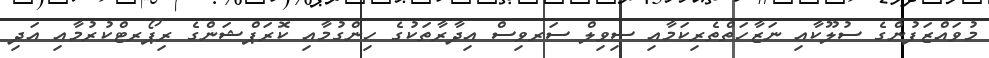
މުވައްޒަފުންގެ ސުލޫކާއި ނަޒާހަތްތެރިކަމާއި ސިވިލް ސަރވިސް އިދާރާތަކުގެ ހިންގުމާއި ކޮރަޕްޝަންގެ ރިޕޯރޓްކުރުމާއި އަދި